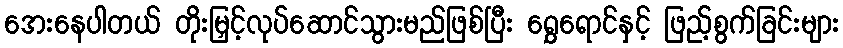
အေးနေပါတယ် တိုးမြှင့်လုပ်ဆောင်သွားမည်ဖြစ်ပြီး ရွှေရောင်နှင့် ဖြည့်စွက်ခြင်းများ